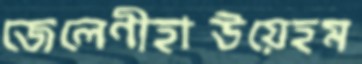
জেলেণীহাউয়েহম